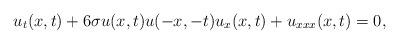
LaTeX: \begin{align*} u_{t}(x,t)+6\sigma u(x,t)u(-x,-t)u_{x}(x,t)+u_{xxx}(x,t)=0,\end{align*}